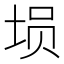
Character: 埙